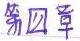
第12章